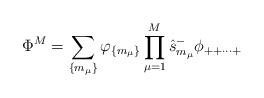
LaTeX: \begin{align*}\Phi^M = \sum_{ \{ m_{\mu} \} }\varphi_{ \{ m_{\mu } \} }\prod_{\mu = 1 }^{M} \hat{s}_{ m_{\mu} }^{-} \phi_{++ \cdots +}\end{align*}